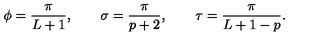
\phi = \frac { \pi } { L + 1 } , \qquad \sigma = \frac { \pi } { p + 2 } , \qquad \tau = \frac { \pi } { L + 1 - p } .